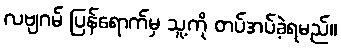
လဗျဂမ် ပြန်ရောက်မှ သူ့ကို တပ်အပ်ခဲ့ရမည်။